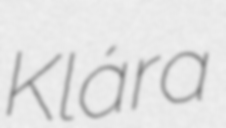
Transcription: Klára